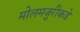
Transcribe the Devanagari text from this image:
मोलमजुरीकडे